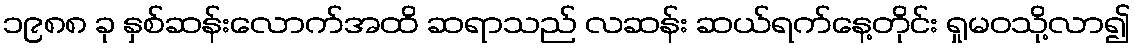
၁၉၈၈ ခု နှစ်ဆန်းလောက်အထိ ဆရာသည် လဆန်း ဆယ်ရက်နေ့တိုင်း ရှုမဝသို့လာ၍